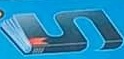
5